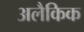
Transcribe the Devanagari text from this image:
अलैकिक